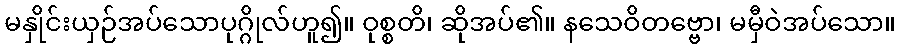
မနှိုင်းယှဉ်အပ်သောပုဂ္ဂိုလ်ဟူ၍။ ဝုစ္စတိ၊ ဆိုအပ်၏။ နသေဝိတဗ္ဗော၊ မမှီဝဲအပ်သော။